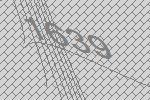
1639